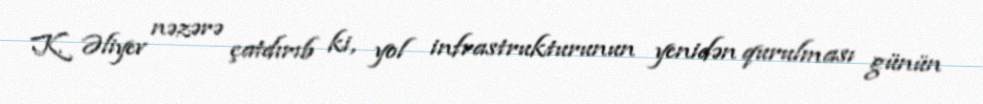
K. Əliyev nəzərə çatdırıb ki, yol infrastrukturunun yenidən qurulması günün